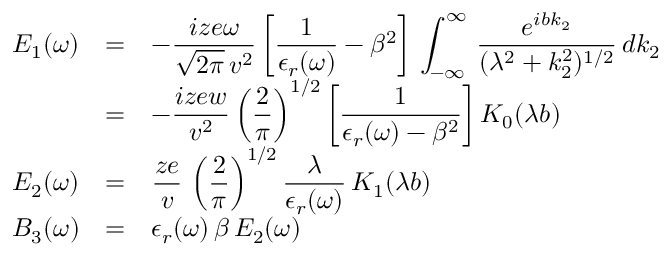
\begin{array} { l c l } { \displaystyle E _ { 1 } ( \omega ) } & { = } & { \displaystyle - \frac { i z e \omega } { \sqrt { 2 \pi } \, v ^ { 2 } } \left[ \frac { 1 } { \epsilon _ { r } ( \omega ) } - \beta ^ { 2 } \right] \, \int _ { - \infty } ^ { \infty } \! \, \, \frac { e ^ { i b k _ { 2 } } } { ( \lambda ^ { 2 } + k _ { 2 } ^ { 2 } ) ^ { 1 / 2 } } \, d k _ { 2 } } \\ { \displaystyle } & { = } & { \displaystyle - \frac { i z e w } { v ^ { 2 } } \left( \frac { 2 } { \pi } \right) ^ { 1 / 2 } \left[ \frac { 1 } { \epsilon _ { r } ( \omega ) - \beta ^ { 2 } } \right] K _ { 0 } ( \lambda b ) } \\ { \displaystyle E _ { 2 } ( \omega ) } & { = } & { \displaystyle \frac { z e } { v } \, \left( \frac { 2 } { \pi } \right) ^ { 1 / 2 } \frac { \lambda } { \epsilon _ { r } ( \omega ) } \, K _ { 1 } ( \lambda b ) } \\ { \displaystyle B _ { 3 } ( \omega ) } & { = } & { \displaystyle \epsilon _ { r } ( \omega ) \, \beta \, E _ { 2 } ( \omega ) } \end{array}